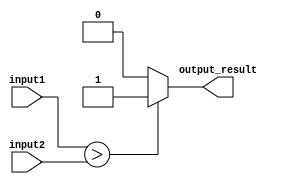
module comparator (
    input [7:0] input1,
    input [7:0] input2,
    output reg output_result
);

always @(*)
begin
    if (input1 > input2)
        output_result = 1;
    else if (input1 < input2)
        output_result = 0;
    else
        output_result = 2; // outputs '2' if inputs are equal
end

endmodule